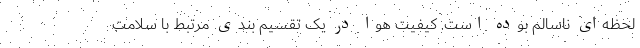
لحظه‌ای ناسالم بوده است. کیفیت هوا در یک تقسیم بندی مرتبط با سلامت